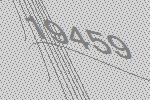
19459